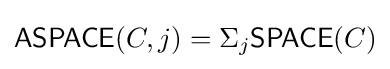
{\mathsf {ASPACE}}(C,j)=\Sigma _{j}{\mathsf {SPACE}}(C)